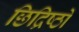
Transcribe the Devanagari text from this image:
छिद्रिष्ठों